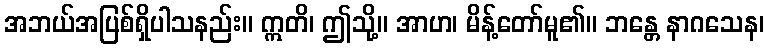
အဘယ်အပြစ်ရှိပါသနည်း။ ဣတိ၊ ဤသို့။ အာဟ၊ မိန့်တော်မူ၏။ ဘန္တေ နာဂသေန၊